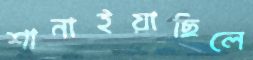
শানাইয়াছিলে